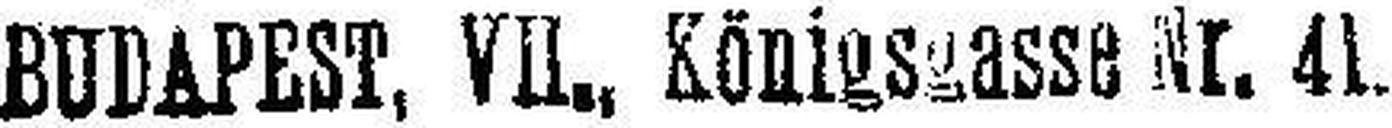
BUDAPEST, VIl., Königsgasse Nr. 41